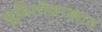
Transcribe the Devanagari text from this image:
भूमितीशास्त्रात